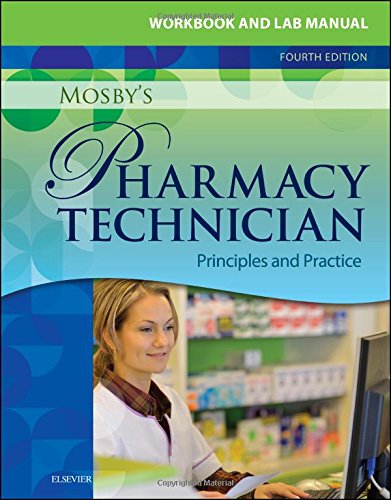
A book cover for Workbook and Lab Manual for Mosby's Pharmacy Technician: Principles and Practice, 4e; Elsevier; Medical Books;